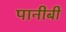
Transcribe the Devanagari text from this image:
पानीबी